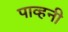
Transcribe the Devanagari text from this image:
पाव्हनी